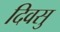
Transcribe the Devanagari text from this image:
दिवसु